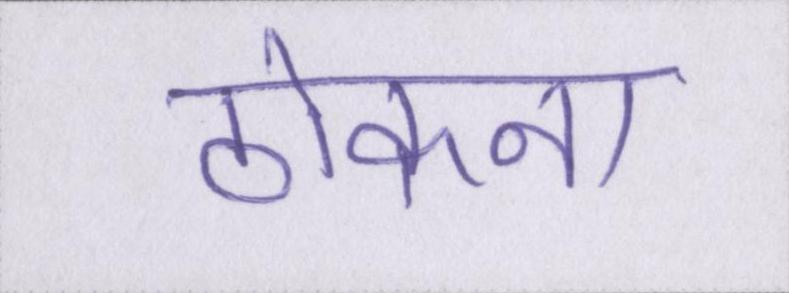
ठोकना